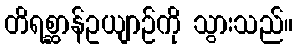
တိရစ္ဆာန်ဥယျာဉ်ကို သွားသည်။